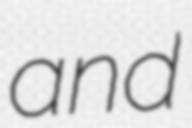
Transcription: and